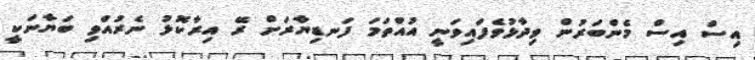
އިސް އިސް މެންބަރުން ވިދާޅުވެފައިވަނީ އުއްތަމަ ފަނޑިޔާރަށް ރޭ އިރާކޮޅު ނެރުއްވި ބަޔާނަކީ